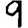
Digit: 9